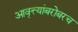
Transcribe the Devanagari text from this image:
आवृत्त्यांबरोबरच